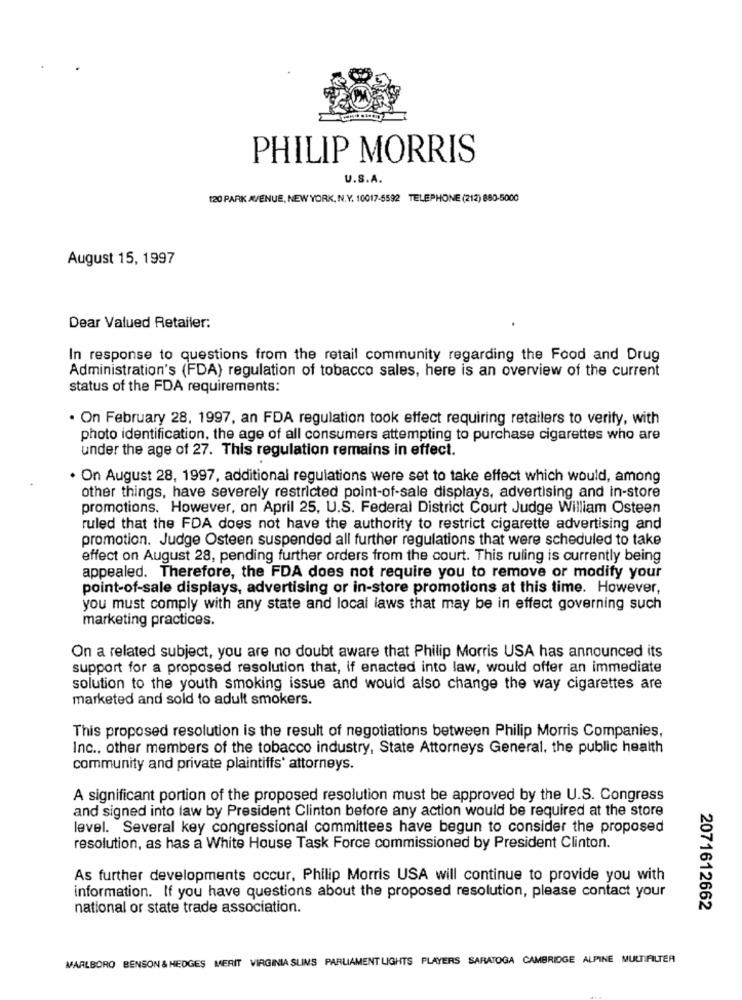
PHILIP MORRIS
U.S.A.
120 PARK AVENUE, NEW YORK, N.Y. 10017-5592 TELEPHONE (212) 860-5000
August 15, 1997
Dear Valued Retailer:
In response to questions from the retail community regarding the Food and Drug
Administration's (FDA) regulation of tobacco sales, here is an overview of the current
status of the FDA requirements:
. On February 28, 1997, an FDA regulation took effect requiring retailers to verify, with
photo identification, the age of all consumers attempting to purchase cigarettes who are
under the age of 27. This regulation remains in effect.
· On August 28, 1997, additional regulations were set to take effect which would, among
other things, have severely restricted point-of-sale displays, advertising and in-store
promotions. However, on April 25, U.S. Federal District Court Judge William Osteen
ruled that the FDA does not have the authority to restrict cigarette advertising and
promotion. Judge Osteen suspended all further regulations that were scheduled to take
effect on August 28, pending further orders from the court. This ruling is currently being
appealed. Therefore, the FDA does not require you to remove or modify your
point-of-sale displays, advertising or in-store promotions at this time. However,
you must comply with any state and local laws that may be in effect governing such
marketing practices.
On a related subject, you are no doubt aware that Philip Morris USA has announced its
support for a proposed resolution that, if enacted into law, would offer an immediate
solution to the youth smoking issue and would also change the way cigarettes are
marketed and sold to adult smokers.
This proposed resolution is the result of negotiations between Philip Morris Companies,
Inc ., other members of the tobacco industry, State Attorneys General, the public health
community and private plaintiffs' attorneys.
A significant portion of the proposed resolution must be approved by the U.S. Congress
and signed into law by President Clinton before any action would be required at the store
level. Several key congressional committees have begun to consider the proposed
resolution, as has a White House Task Force commissioned by President Clinton.
As further developments occur, Philip Morris USA will continue to provide you with
information. If you have questions about the proposed resolution, please contact your
national or state trade association.
2071612662
MARLBORO BENSON & HEDGES MERIT VIRGINIA SUMS PARLIAMENT LIGHTS PLAYERS SARATOGA CAMBRIDGE ALPINE MULTIALTER